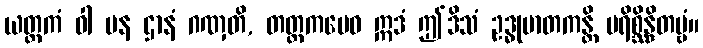
ယတ္တကံ ဝါ ပန ဌာနံ ဂဏှတိ, တတ္တကမေဝ ဣဒံ ဤဒိသံ ဥဒ္ဓုမာတကန္တိ ပရိစ္ဆိန္ဒိတဗ္ဗံ။